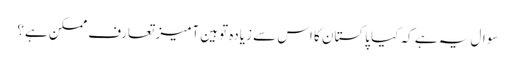
سوال یہ ہے کہ کیا پاکستان کا اس سے زیادہ توہین آمیز تعارف ممکن ہے؟